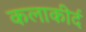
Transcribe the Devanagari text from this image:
कलाकीर्द